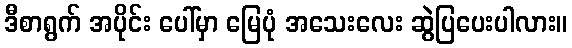
ဒီစာရွက် အပိုင်း ပေါ်မှာ မြေပုံ အသေးလေး ဆွဲပြပေးပါလား။